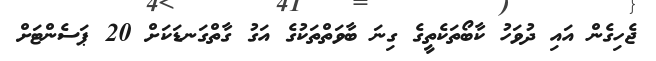
ޖެހިގެން އައި ދުވަހު ކާބޯތަކެތީގެ ގިނަ ބާވަތްތަކުގެ އަގު ގާތްގަނޑަކަށް 20 ޕަސެންޓަށް